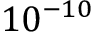
1 0 ^ { - 1 0 }